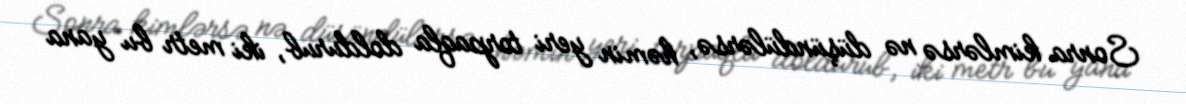
Sonra kimlərsə nə düşündülərsə, həmin yeri torpaqla doldurub, iki metr bu yana